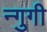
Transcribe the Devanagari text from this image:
न्गुगी